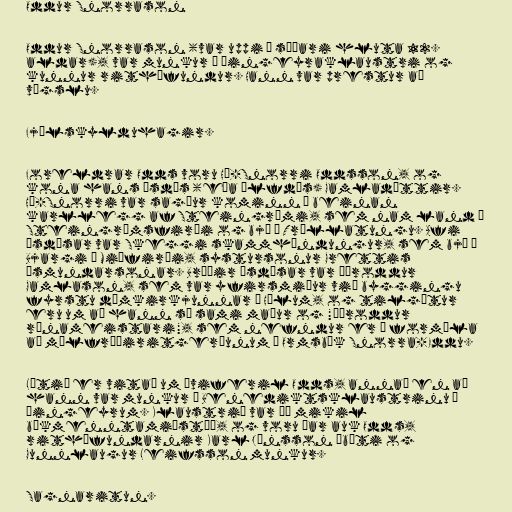
Oddur Snorrason

Oddur Snorrason (var uppi á síðari hluta 12.
aldar), var munkur í Þingeyraklaustri og
kunnur rithöfundur. Hann var prestur að
vígslu.

Fjölskylduhagir.

Foreldrar Odds voru Há-Snorri Oddsson, og
kona hans Ásdís (eða Álfdís) Gamladóttir.
Há-Snorri var sagður kominn í beinan
karllegg af Steingrími, sem nam land í
Steingrímsfirði og bjó í Tröllatungu. Afi
Ásdísar var Skeggi skammhöndungur, sem bjó á
Bjargi í Miðfirði, systursonur Grettis
Ásmundarsonar. Bróðir Ásdísar var Þóroddur
Gamlason, sem var yfirsmiður við byggingu
fyrstu dómkirkjunnar á Hólum, og tilgátur
eru um að hann sé sami maður og "Þóroddur
rúnameistari", sem nefndur er í formála
að málfræðiritgerðunum í Ormsbók Snorra-Eddu.

Lítið er vitað um æviferil Odds, annað en að
hann var munkur í Benediktsklaustrinu á
Þingeyrum. Klaustrið var þá mikil
bókmenntamiðstöð, og voru þar auk Odds,
rithöfundarnir Karl Jónsson ábóti og
Gunnlaugur Leifsson munkur.

Sagnaritun.